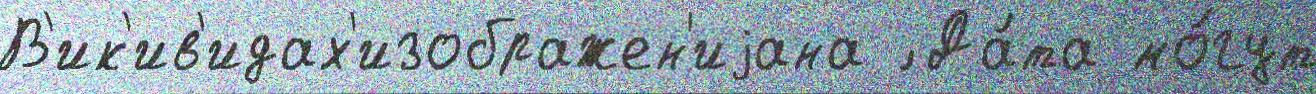
В'ик'ив'идах'изображен'иjана ́ Да́та мо́гут